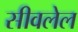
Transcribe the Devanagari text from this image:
सीवलेल